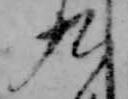
九